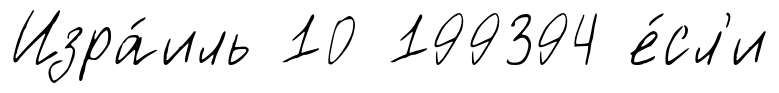
Изра́иль 10 199394 е́сл'и